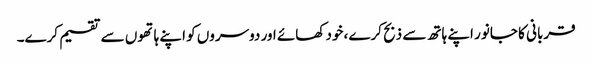
قربانی کا جانور اپنے ہاتھ سے ذبح کرے ،خود کھائے اور دوسروں کو اپنے ہاتھوں سے تقسیم کرے۔